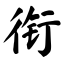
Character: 衔